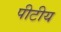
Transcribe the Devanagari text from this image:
पीटीय